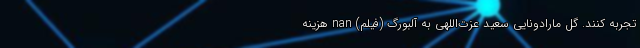
تجربه کنند. گل مارادونایی سعید عزت‌اللهی به آلبورگ (فیلم) nan هزینه